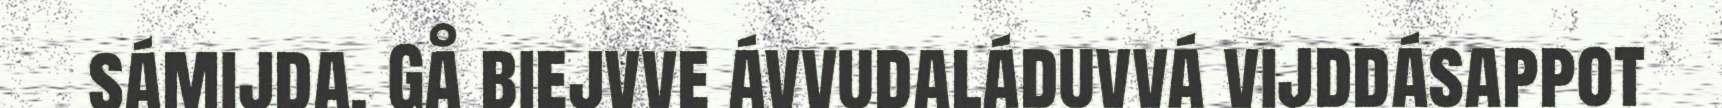
sámijda. Gå biejvve ávvudaláduvvá vijddásappot